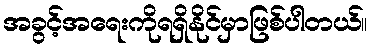
အခွင့်အရေးကိုရရှိနိုင်မှာဖြစ်ပါတယ်။